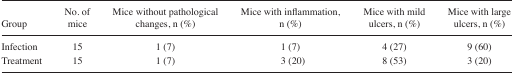
<table><thead><tr><td><b>Group</b></td><td><b>No. of mice</b></td><td><b>Mice without pathological changes, n (%)</b></td><td><b>Mice with inflammation, n (%)</b></td><td><b>Mice with mild ulcers, n (%)</b></td><td><b>Mice with large ulcers, n (%)</b></td></tr></thead><tbody><tr><td>Infection</td><td>15</td><td>1 (7)</td><td>1 (7)</td><td>4 (27)</td><td>9 (60)</td></tr><tr><td>Treatment</td><td>15</td><td>1 (7)</td><td>3 (20)</td><td>8 (53)</td><td>3 (20)</td></tr></tbody></table>